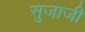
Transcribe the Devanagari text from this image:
सुजाजी